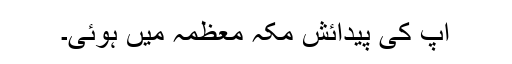
آپ کی پیدائش مکہ معظمہ میں ہوئی۔